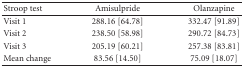
| Stroop test | Amisulpride | Olanzapine |
 | --- | --- | --- |
 | Visit 1 | 288.16 [64.78] | 332.47 [91.89] |
 | Visit 2 | 238.50 [58.98] | 290.72 [84.73] |
 | Visit 3 | 205.19 [60.21] | 257.38 [83.81] |
 | Mean change | 83.56 [14.50] | 75.09 [18.07] |